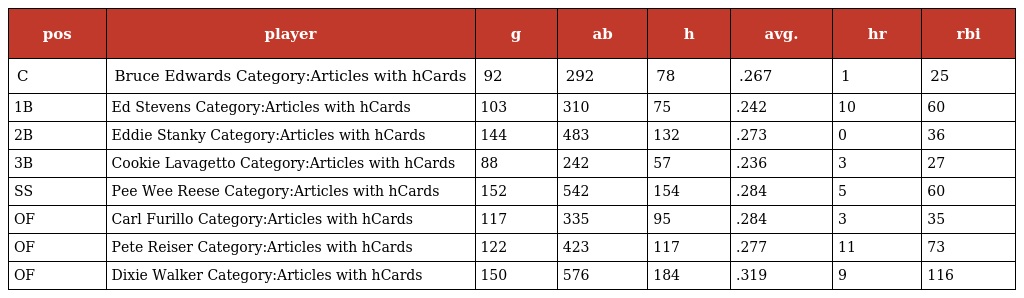
| pos | player | g | ab | h | avg. | hr | rbi |
 | --- | --- | --- | --- | --- | --- | --- | --- |
 | C | Bruce Edwards Category:Articles with hCards | 92 | 292 | 78 | .267 | 1 | 25 |
 | 1B | Ed Stevens Category:Articles with hCards | 103 | 310 | 75 | .242 | 10 | 60 |
 | 2B | Eddie Stanky Category:Articles with hCards | 144 | 483 | 132 | .273 | 0 | 36 |
 | 3B | Cookie Lavagetto Category:Articles with hCards | 88 | 242 | 57 | .236 | 3 | 27 |
 | SS | Pee Wee Reese Category:Articles with hCards | 152 | 542 | 154 | .284 | 5 | 60 |
 | OF | Carl Furillo Category:Articles with hCards | 117 | 335 | 95 | .284 | 3 | 35 |
 | OF | Pete Reiser Category:Articles with hCards | 122 | 423 | 117 | .277 | 11 | 73 |
 | OF | Dixie Walker Category:Articles with hCards | 150 | 576 | 184 | .319 | 9 | 116 |